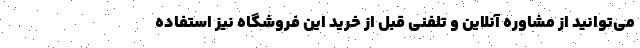
می‌توانید از مشاوره آنلاین و تلفنی قبل از خرید این فروشگاه نیز استفاده